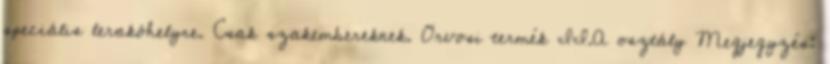
speciális lerakóhelyre. Csak szakembereknek. Orvosi termék II.A osztály Megjegyzés: